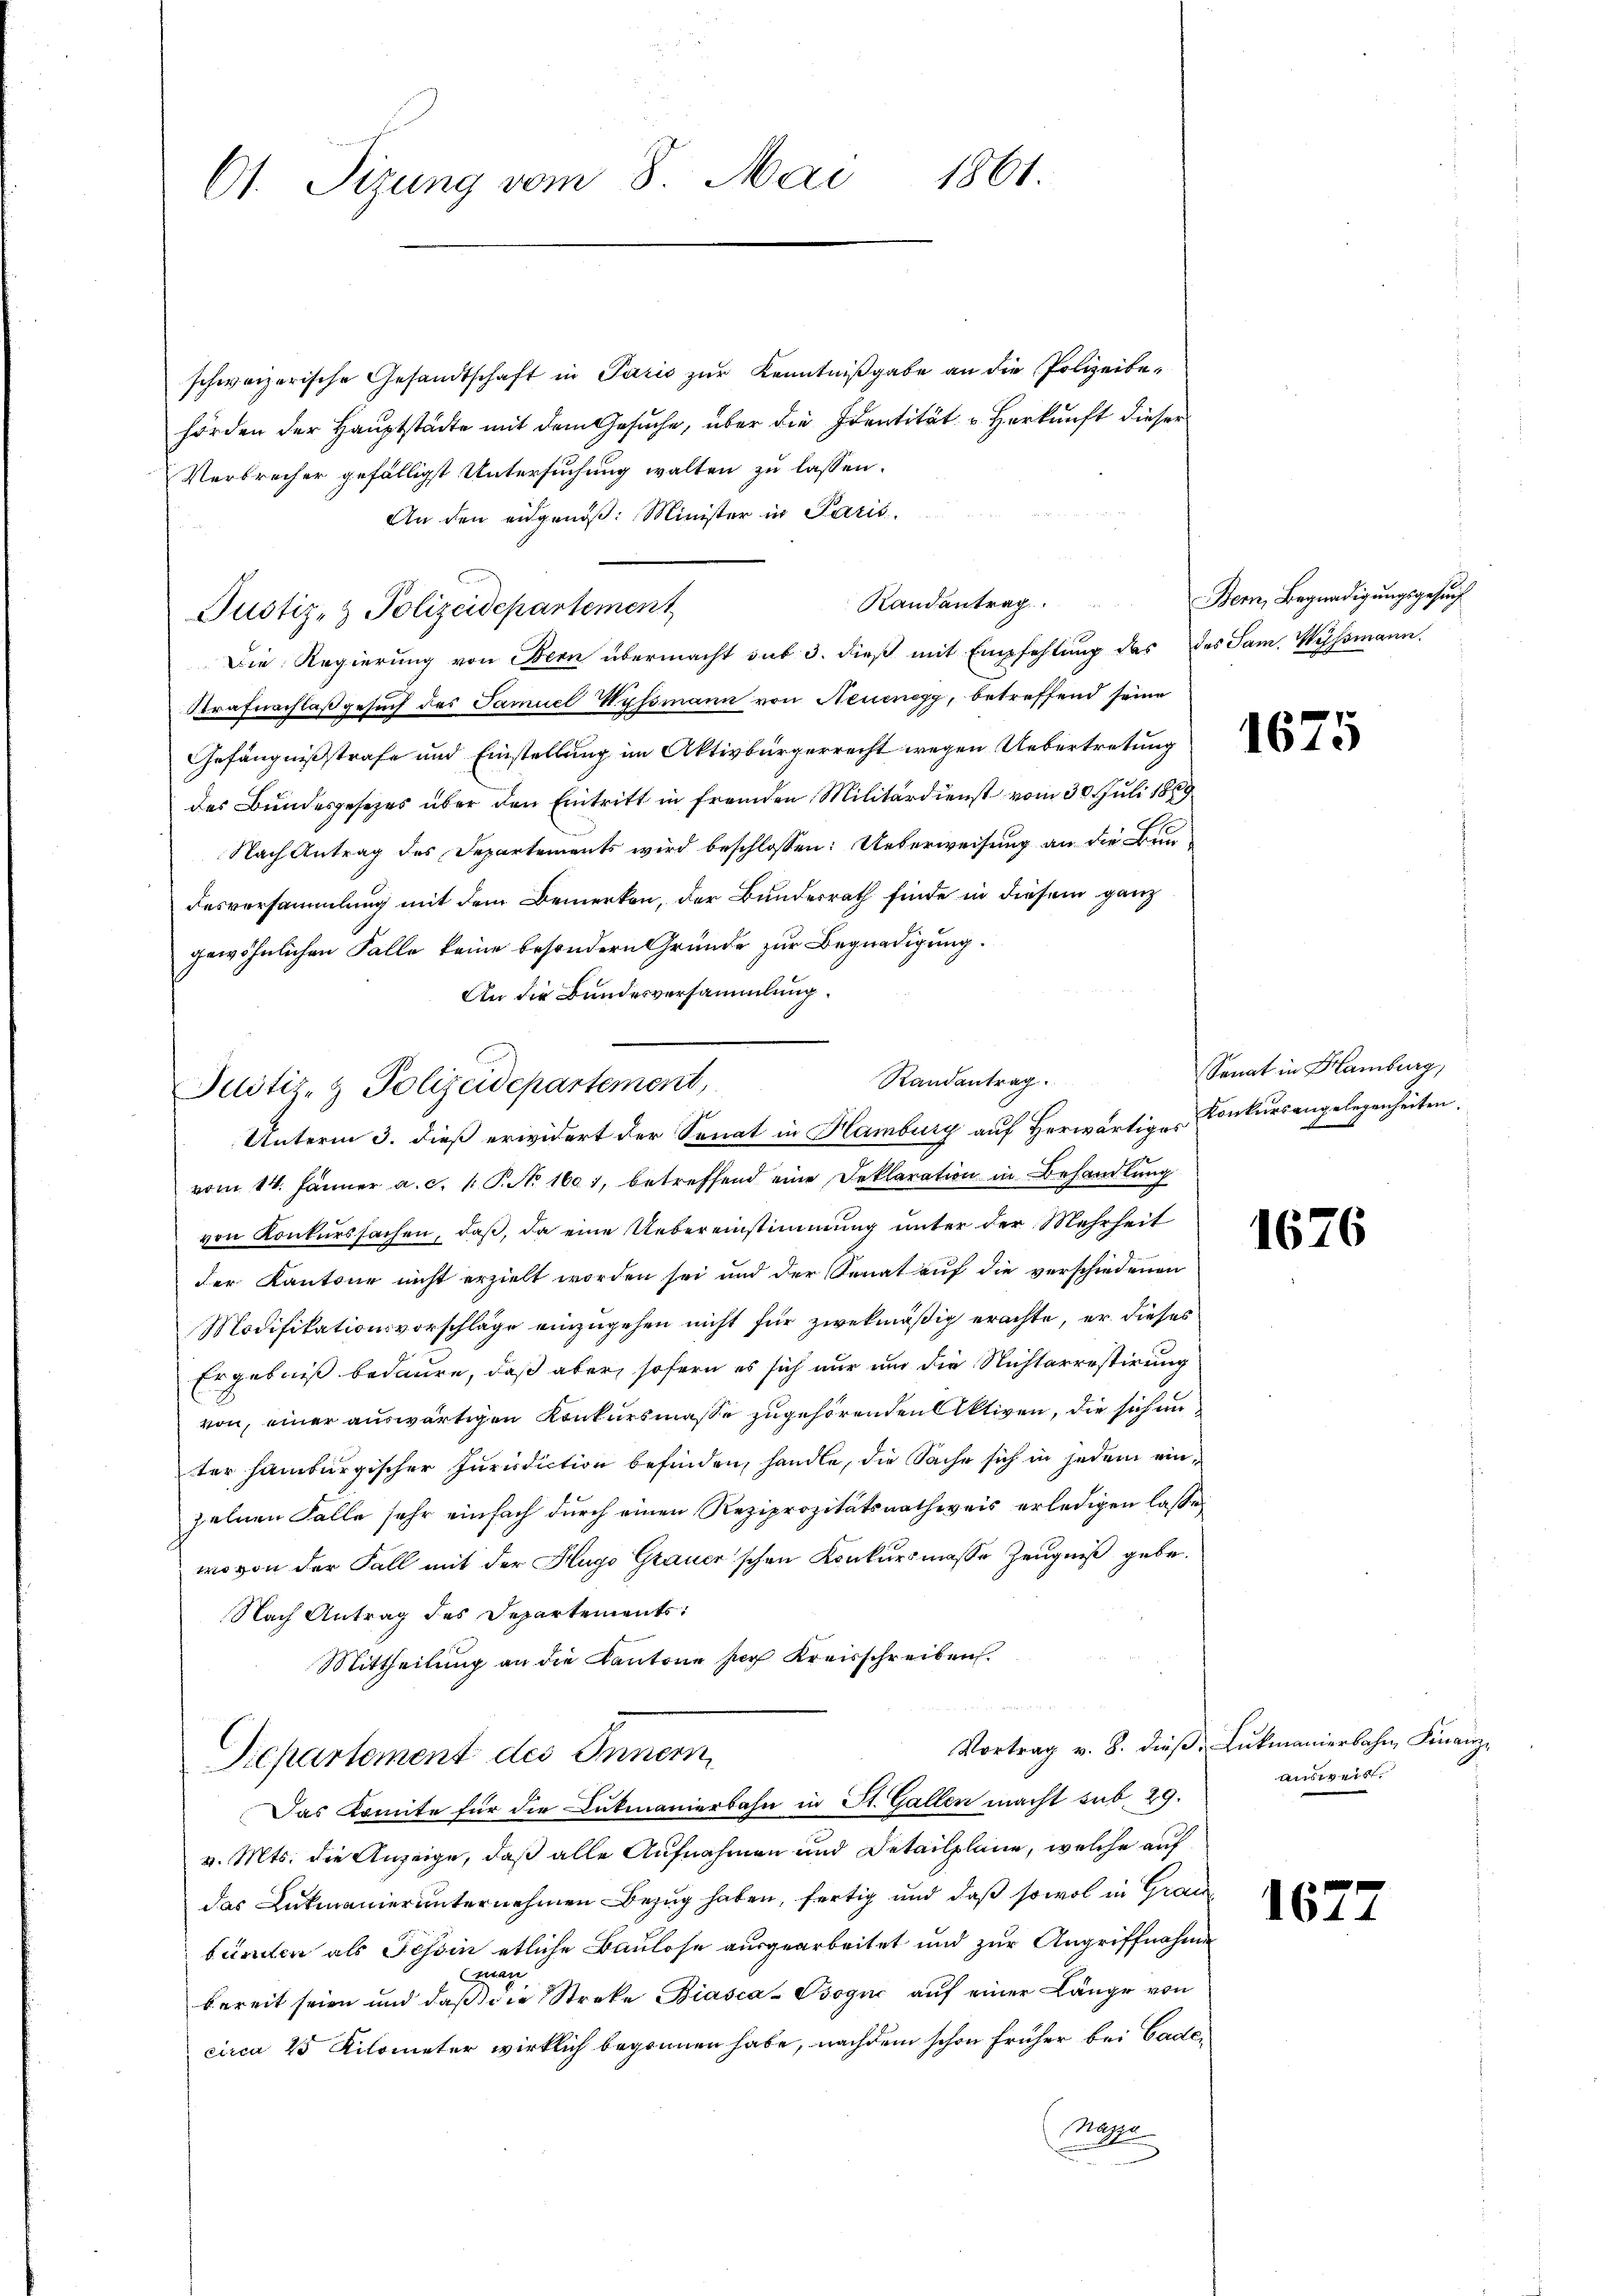
1861.
61. Sizung vom 8. Mai

schweizerische Gesandtschaft in Paris zur Kenntnißgabe an die Polizeibehörden der Hauptstädte mit dem Gesuche, über die Identität Herkunft dieser
Verbrecher gefälligst Untersuchung walten zu lassen.
An den eidgenöß: Minister in Paris,
Die Regierung von Bern übermacht sub 3. dieß mit Empfehlung des des Sam. Wyssmann.
Strafnachlaß gesuch des Samuel Wyssmann von Neuenegg, betreffend seine
Gefängnißstrafe und Einstellung im Aktivbürgerrecht wegen Uebertretung
des Bundesgesezes über den Eintritt in fremden Militärdienst vom 30. Juli 1869
Nach Antrag des Departements wird beschlossen: Ueberweisung an die Bundesversammlung mit dem Bemerken, der Bundesrath finde in diesem ganz
gewöhnlichen Falle keine besondern Gründe zur Begnadigung.
An die Bundesversammlung.
vom 14. Jänner a. c. 1. P. No. 1601, betreffend eine Deklaration in Behandlŭng
von Konkurssachen, daß, da eine Uebereinstimmung unter der Mehrheit
der Kantone nicht erzielt worden sei und der Senat auf die verschiedenen
Modifikationsvorschläge einzugehen nicht für zwekmäßig erachte, er dieses
Ergebniß bedaure, daß aber sofern es sich nur und die Nichtarrestirung
von, einer auswärtigen Konkursmasse zugehörenden Aktiven, die sich an
ter Hamburgischer Jurisdiction befinden, handle, die Sache sich in jedem einzelnen Falle sehr einfach durch einen Reziprozitätsnachweis erledigen lasse,
wovon der Fall mit der Hugo Grauer’schen Konkursmasse Zeugniß gebe.
Nach Antrag des Departements:
Mittheilung an die Kantone por Kreisschreiben.
e
Vortrag v. 8. dieβ Lukmanierbahn, Finanz-
Siepartement des Inner
Das Komite für die Lukmanierbahn in St. Gallen macht sub. 29.
v. Mts. die Anzeige, daß alle Aufnahmen und Detailpläne, welche auf
das Lukmanierunternehmen Bezug haben, fertig und daß sowol in Grau
bünden als Tessin etliche Baulose ausgearbeitet und zur Angriffnahme
a
bereit seien und daß die Streke Biasca-Vogić auf einer Länge von
circa 25 Kilometer wirklich begonnen habe, nachdem schon früher bei Gade
Magn.

Justiz- & Polizeidepartement

Randantrag

Randantrag.
Justiz- & Polizeidepartement,
Unterm 3. dieß erwidert der Senat in Hamburg auf herwärtige Konkursangelegenheiten.

Bern, Begnadigungsgesuch

1675

Senat in Hamburg,

1676

167

ausweis